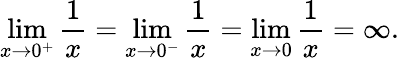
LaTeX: \operatorname*{lim}_{x\to 0^{+}}{\frac{1}{x}}=\operatorname*{lim}_{x\to 0^{-}}{\frac{1}{x}}=\operatorname*{lim}_{x\to 0}{\frac{1}{x}}=\infty.